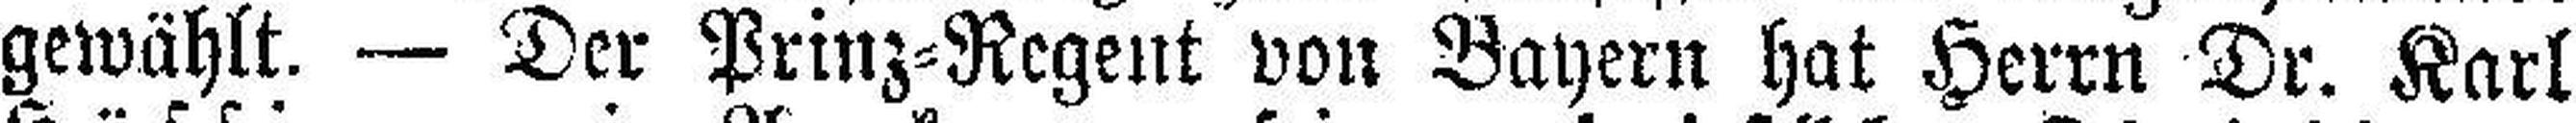
gewählt. — Der Prinz=Regent von Bayern hat Herrn Dr. Karl